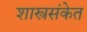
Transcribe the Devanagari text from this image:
शास्त्रसंकेत